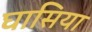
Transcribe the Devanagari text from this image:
घासिया